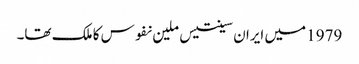
1979 میں ایران سینتیس ملین نفوس کا ملک تھا۔